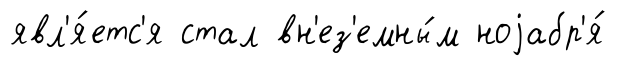
явл'я́етс'я стал вн'ез'емны́м ноjабр'я́